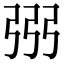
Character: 𢏝